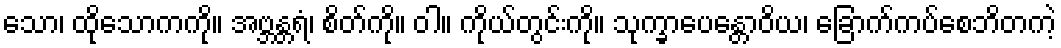
သော၊ ထိုသောကကို။ အဗ္ဘန္တရံ၊ စိတ်ကို။ ဝါ။ ကိုယ်တွင်းကို။ သုက္ခာပေန္တောဝိယ၊ ခြောက်ကပ်စေဘိတကဲ့